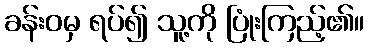
ခန်းဝမှ ရပ်၍ သူ့ကို ပြုံးကြည့်၏။